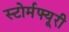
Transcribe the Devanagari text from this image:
स्टोर्मफ्यूरी